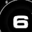
Digit: 6